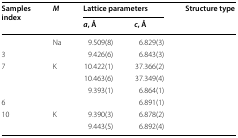
<table><thead><tr><td rowspan="2"><b>Samples index</b></td><td rowspan="2"><b><i>M</i></b></td><td colspan="2"><b>Lattice parameters</b></td><td rowspan="2"><b>Structure type</b></td></tr><tr><td><b><i>a</i>, Å</b></td><td><b><i>c</i>, Å</b></td></tr></thead><tbody><tr><td>[EMPTY_CELL]</td><td rowspan="2">Na</td><td>9.509(8)</td><td>6.829(3)</td><td rowspan="2">[EMPTY_CELL]</td></tr><tr><td>3</td><td>9.426(6)</td><td>6.843(3)</td></tr><tr><td>7</td><td rowspan="2">K</td><td>10.422(1)</td><td>37.366(2)</td><td rowspan="2">[EMPTY_CELL]</td></tr><tr><td>[EMPTY_CELL]</td><td>10.463(6)</td><td>37.349(4)</td></tr><tr><td>[EMPTY_CELL]</td><td rowspan="2">[EMPTY_CELL]</td><td>9.393(1)</td><td>6.864(1)</td><td rowspan="2">[EMPTY_CELL]</td></tr><tr><td>6</td><td>[EMPTY_CELL]</td><td>6.891(1)</td></tr><tr><td>10</td><td rowspan="2">K</td><td>9.390(3)</td><td>6.878(2)</td><td rowspan="2">[EMPTY_CELL]</td></tr><tr><td>[EMPTY_CELL]</td><td>9.443(5)</td><td>6.892(4)</td></tr></tbody></table>